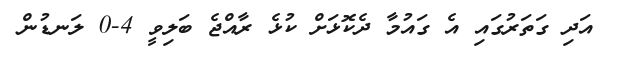
އަދި ގަތަރުގައި އެ ގައުމާ ދެކޮޅަށް ކުޅެ ރާއްޖެ ބަލިވީ 4-0 ލަނޑުން